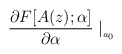
\begin{align*}\frac{\partial F[A(z);\alpha ]}{\partial \alpha }\mid _{_{a_{0}}}\end{align*}